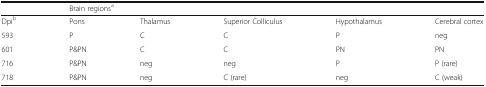
<table><thead><tr><td></td><td colspan="5"><b>Brain regions<sup>a</sup></b></td></tr></thead><tbody><tr><td>Dpi<sup>b</sup></td><td>Pons</td><td>Thalamus</td><td>Superior Colliculus</td><td>Hypothalamus</td><td>Cerebral cortex</td></tr><tr><td>593</td><td>P</td><td>C</td><td>C</td><td>P</td><td>neg</td></tr><tr><td>601</td><td>P&amp;PN</td><td>C</td><td>C</td><td>PN</td><td>PN</td></tr><tr><td>716</td><td>P&amp;PN</td><td>neg</td><td>neg</td><td>P</td><td>P (rare)</td></tr><tr><td>718</td><td>P&amp;PN</td><td>neg</td><td>C (rare)</td><td>neg</td><td>C (weak)</td></tr></tbody></table>